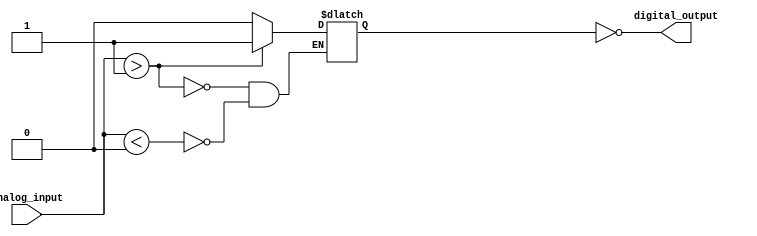
module Schmitt_trigger_inverter (
    input wire analog_input,
    output wire digital_output
);

reg schmitt_output;
reg inverter_output;

always @* begin
    if (analog_input > 1'b1) begin
        schmitt_output <= 1'b1;
    end else if (analog_input < 1'b0) begin
        schmitt_output <= 1'b0;
    end else begin
        schmitt_output <= schmitt_output;
    end
end

assign digital_output = ~schmitt_output;

endmodule